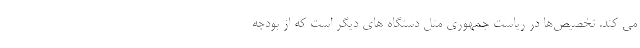
می کند. تخصیص‌ها در ریاست جمهوری مثل دستگاه های دیگر است که از بودجه